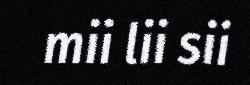
mii lii sii